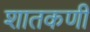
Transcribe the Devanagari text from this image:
शातकणीं